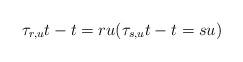
LaTeX: \begin{align*}\tau_{r,u}t-t=ru(\tau_{s,u}t-t=su)\end{align*}